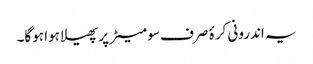
یہ اندرونی کرۂ صرف سو میٹر پر پھیلا ہوا ہوگا۔